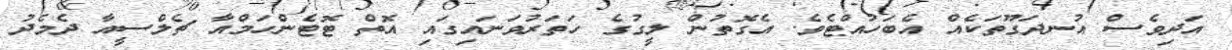
އަދިވެސް އުނދަގޫތަކެއް އެބަހުއްޓެވެ. އެގޮތުން ލީގުގެ ހަތަރުވަނައިގައި އޮތް ޓޮޓެންހަމްއާ ޗެލްސީއާ ދެމެދު